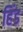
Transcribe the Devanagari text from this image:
हिंड